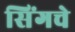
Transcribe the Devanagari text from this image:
सिंगचे